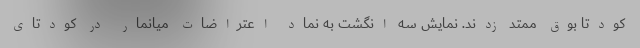
کودتا بوق ممتد زدند. نمایش سه انگشت به نماد اعتراضات میانمار در کودتای